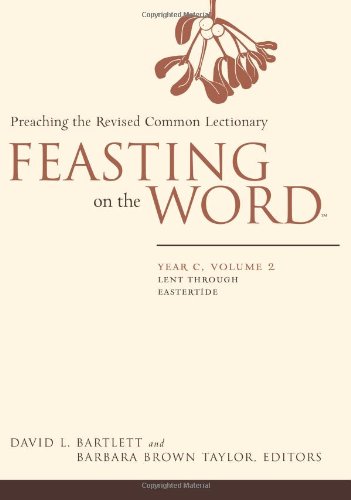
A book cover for Feasting on the Word: Year C, Vol. 2: Lent through Eastertide; Christian Books & Bibles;